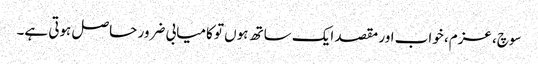
سوچ، عزم، خواب اور مقصد ایک ساتھ ہوں تو کامیابی ضرور حاصل ہوتی ہے۔